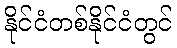
နိုင်ငံတစ်နိုင်ငံတွင်